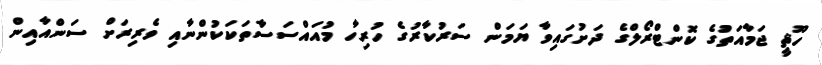
ހޫޘީ ޖަމާއަތުގެ ކޮންޓްރޯލްގެ ދަށުގައިވާ ޔަމަން ސަރުކާރުގެ ހުރިހާ މުއައްސަސާތަކަކުންނާއި ވެރިރަށް ސަންއާއިން